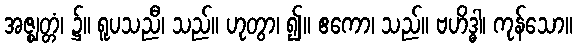
အဇ္ဈတ္တံ၊ ၌။ ရူပသညီ၊ သည်။ ဟုတွာ၊ ၍။ ဧကော၊ သည်။ ဗဟိဒ္ဓါ၊ ကုန်သော။